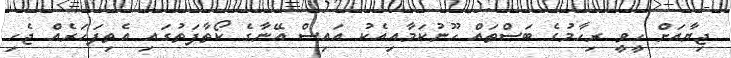
ޖިޔާއަށް ހީވީ ރިހާމުގެ ބަސްތައް ހޫނުކަމާއިއެކު އައިސް އޭނާގެ ކޯތާފަތުގައި އެތިފަހަރެއް ޖެހި